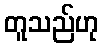
တူသည်ဟု